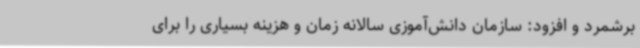
برشمرد و افزود: سازمان دانش‌آموزی سالانه زمان و هزینه بسیاری را برای